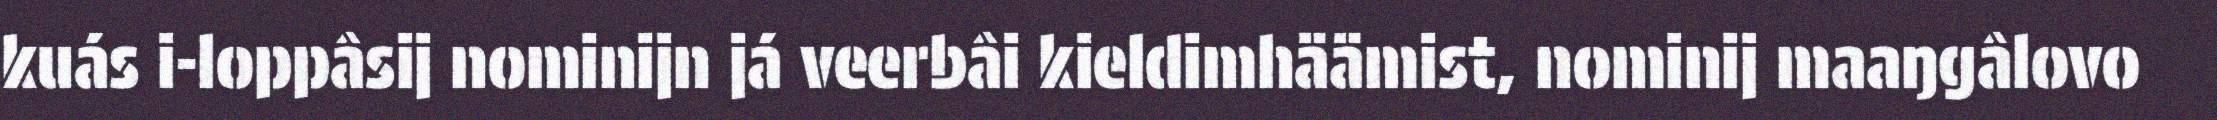
kuás i-loppâsij nominijn já veerbâi kieldimhäämist, nominij maaŋgâlovo